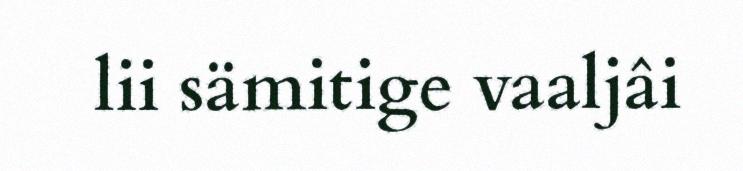
lii sämitige vaaljâi